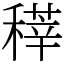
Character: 䅸